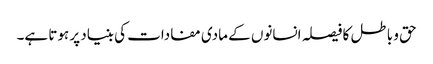
حق و باطل کا فیصلہ انسانوں کے مادی مفادات کی بنیاد پر ہوتا ہے۔